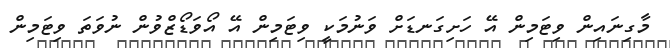
މާގިނައިން ވިޓަމިން އޭ ހަށިގަނޑަށް ވަނުމަކީ ވިޓަމިން އޭ އޯވަޑޯޒްވުން ނުވަތަ ވިޓަމިން